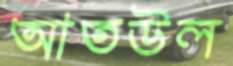
আতউল